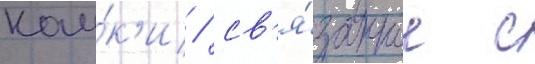
нау́к'и / св'я́занное с